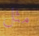
مثل